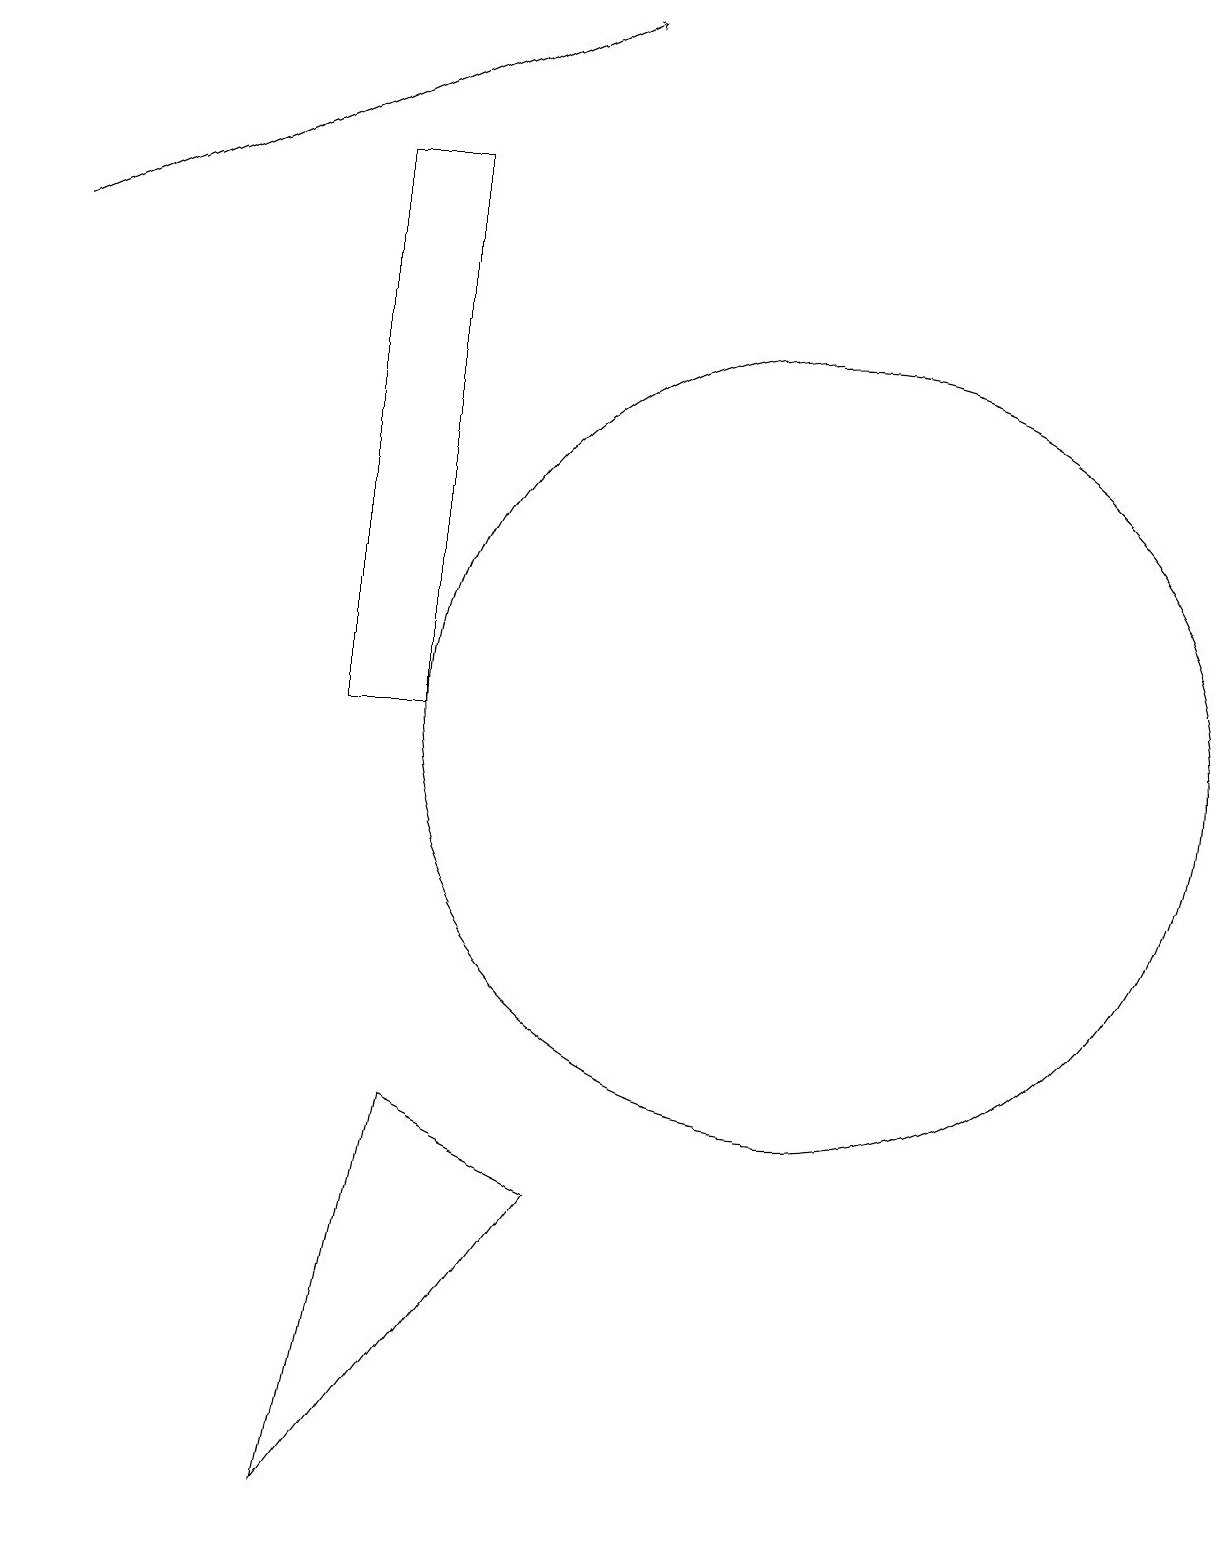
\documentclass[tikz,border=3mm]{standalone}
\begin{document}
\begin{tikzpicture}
\draw (4,0) -- (5,5) -- (7,4) -- cycle;
\draw (5,17) rectangle (4,10);
\draw (10,10) circle (5);
\draw[->] (0,16) -- (7,19);
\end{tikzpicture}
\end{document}